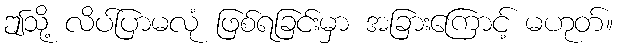
ဤသို့ လိပ်ပြာမလုံ ဖြစ်ရခြင်းမှာ အခြားကြောင့် မဟုတ်။